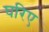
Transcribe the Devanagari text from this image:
घरिए